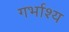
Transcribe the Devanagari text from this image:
गर्भाश्य